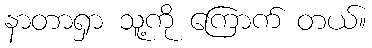
နာတာရှာ သူ့ကို ကြောက် တယ်။